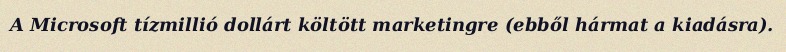
A Microsoft tízmillió dollárt költött marketingre (ebből hármat a kiadásra).